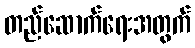
တည်ဆောက်ရေးအတွက်